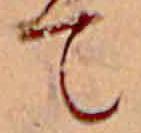
て